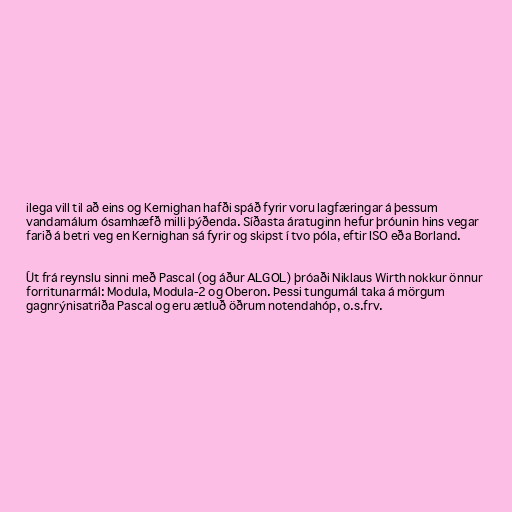
ilega vill til að eins og Kernighan hafði spáð fyrir voru lagfæringar á þessum
vandamálum ósamhæfð milli þýðenda. Síðasta áratuginn hefur þróunin hins vegar
farið á betri veg en Kernighan sá fyrir og skipst í tvo póla, eftir ISO eða Borland.

Út frá reynslu sinni með Pascal (og áður ALGOL) þróaði Niklaus Wirth nokkur önnur
forritunarmál: Modula, Modula-2 og Oberon. Þessi tungumál taka á mörgum
gagnrýnisatriða Pascal og eru ætluð öðrum notendahóp, o.s.frv.